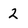
Character: 2